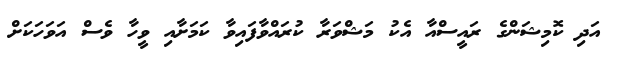
އަދި ކޮމިޝަންގެ ރައީސްއާ އެކު މަޝްވަރާ ކުރައްވާފައިވާ ކަމަށާއި ވީހާ ވެސް އަވަހަކަށް